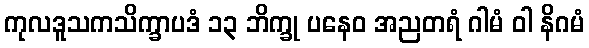
ကုလဒူသကသိက္ခာပဒံ ၁၃ ဘိက္ခု ပနေဝ အညတရံ ဂါမံ ဝါ နိဂမံ